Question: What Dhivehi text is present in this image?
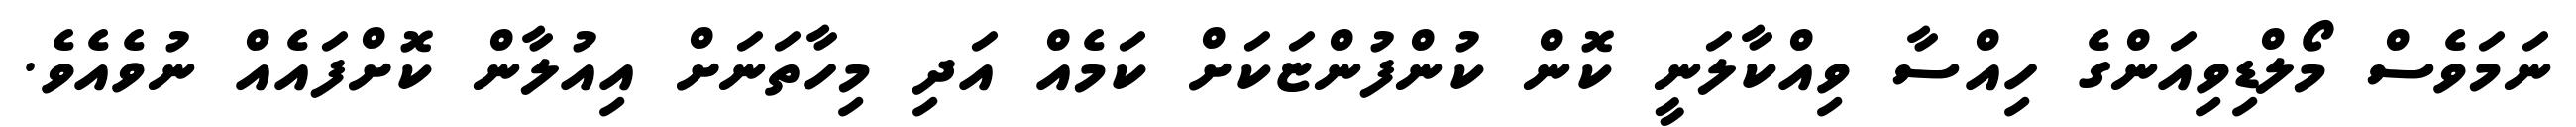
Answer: ނަމަވެސް މޯލްޑިވިއަންގެ ހިއްސާ ވިއްކާލަނީ ކޮން ކުންފުންޏަކަށް ކަމެއް އަދި މިހާތަނަށް އިއުލާން ކޮށްފައެއް ނުވެއެވެ.